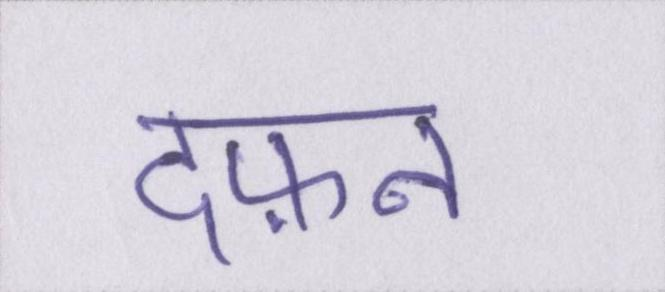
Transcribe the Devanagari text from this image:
दफ़न